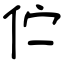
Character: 伫